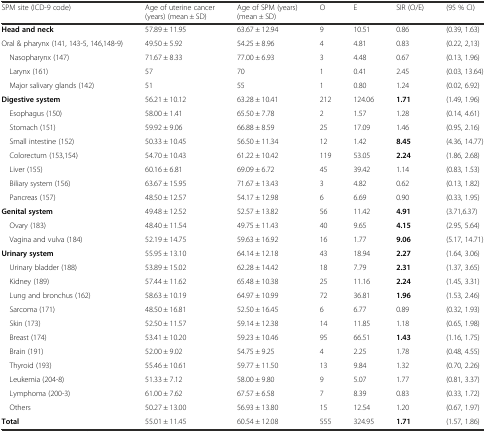
<table><thead><tr><td><b>SPM site (ICD-9 code)</b></td><td><b>Age of uterine cancer (years) (mean ± SD)</b></td><td><b>Age of SPM (years) (mean ± SD)</b></td><td><b>O</b></td><td><b>E</b></td><td><b>SIR (O/E)</b></td><td><b>(95 % CI)</b></td></tr></thead><tbody><tr><td><b>Head and neck</b></td><td>57.89 ± 11.95</td><td>63.67 ± 12.94</td><td>9</td><td>10.51</td><td>0.86</td><td>(0.39, 1.63)</td></tr><tr><td>Oral &amp; pharynx (141, 143-5, 146,148-9)</td><td>49.50 ± 5.92</td><td>54.25 ± 8.96</td><td>4</td><td>4.81</td><td>0.83</td><td>(0.22, 2,13)</td></tr><tr><td> Nasopharynx (147)</td><td>71.67 ± 8.33</td><td>77.00 ± 6.93</td><td>3</td><td>4.48</td><td>0.67</td><td>(0.13, 1.96)</td></tr><tr><td> Larynx (161)</td><td>57</td><td>70</td><td>1</td><td>0.41</td><td>2.45</td><td>(0.03, 13.64)</td></tr><tr><td> Major salivary glands (142)</td><td>51</td><td>55</td><td>1</td><td>0.80</td><td>1.24</td><td>(0.02, 6.92)</td></tr><tr><td><b>Digestive system</b></td><td>56.21 ± 10.12</td><td>63.28 ± 10.41</td><td>212</td><td>124.06</td><td><b>1.71</b></td><td>(1.49, 1.96)</td></tr><tr><td> Esophagus (150)</td><td>58.00 ± 1.41</td><td>65.50 ± 7.78</td><td>2</td><td>1.57</td><td>1.28</td><td>(0.14, 4.61)</td></tr><tr><td> Stomach (151)</td><td>59.92 ± 9.06</td><td>66.88 ± 8.59</td><td>25</td><td>17.09</td><td>1.46</td><td>(0.95, 2.16)</td></tr><tr><td> Small intestine (152)</td><td>50.33 ± 10.45</td><td>56.50 ± 11.34</td><td>12</td><td>1.42</td><td><b>8.45</b></td><td>(4.36, 14.77)</td></tr><tr><td> Colorectum (153,154)</td><td>54.70 ± 10.43</td><td>61.22 ± 10.42</td><td>119</td><td>53.05</td><td><b>2.24</b></td><td>(1.86, 2.68)</td></tr><tr><td> Liver (155)</td><td>60.16 ± 6.81</td><td>69.09 ± 6.72</td><td>45</td><td>39.42</td><td>1.14</td><td>(0.83, 1.53)</td></tr><tr><td> Biliary system (156)</td><td>63.67 ± 15.95</td><td>71.67 ± 13.43</td><td>3</td><td>4.82</td><td>0.62</td><td>(0.13, 1.82)</td></tr><tr><td> Pancreas (157)</td><td>48.50 ± 12.57</td><td>54.17 ± 12.98</td><td>6</td><td>6.69</td><td>0.90</td><td>(0.33, 1.95)</td></tr><tr><td><b>Genital system</b></td><td>49.48 ± 12.52</td><td>52.57 ± 13.82</td><td>56</td><td>11.42</td><td><b>4.91</b></td><td>(3.71,6.37)</td></tr><tr><td> Ovary (183)</td><td>48.40 ± 11.54</td><td>49.75 ± 11.43</td><td>40</td><td>9.65</td><td><b>4.15</b></td><td>(2.95, 5.64)</td></tr><tr><td> Vagina and vulva (184)</td><td>52.19 ± 14.75</td><td>59.63 ± 16.92</td><td>16</td><td>1.77</td><td><b>9.06</b></td><td>(5.17, 14.71)</td></tr><tr><td><b>Urinary system</b></td><td>55.95 ± 13.10</td><td>64.14 ± 12.18</td><td>43</td><td>18.94</td><td><b>2.27</b></td><td>(1.64, 3.06)</td></tr><tr><td> Urinary bladder (188)</td><td>53.89 ± 15.02</td><td>62.28 ± 14.42</td><td>18</td><td>7.79</td><td><b>2.31</b></td><td>(1.37, 3.65)</td></tr><tr><td> Kidney (189)</td><td>57.44 ± 11.62</td><td>65.48 ± 10.38</td><td>25</td><td>11.16</td><td><b>2.24</b></td><td>(1.45, 3.31)</td></tr><tr><td> Lung and bronchus (162)</td><td>58.63 ± 10.19</td><td>64.97 ± 10.99</td><td>72</td><td>36.81</td><td><b>1.96</b></td><td>(1.53, 2.46)</td></tr><tr><td> Sarcoma (171)</td><td>48.50 ± 16.81</td><td>52.50 ± 16.45</td><td>6</td><td>6.77</td><td>0.89</td><td>(0.32, 1.93)</td></tr><tr><td> Skin (173)</td><td>52.50 ± 11.57</td><td>59.14 ± 12.38</td><td>14</td><td>11.85</td><td>1.18</td><td>(0.65, 1.98)</td></tr><tr><td> Breast (174)</td><td>53.41 ± 10.20</td><td>59.23 ± 10.46</td><td>95</td><td>66.51</td><td><b>1.43</b></td><td>(1.16, 1.75)</td></tr><tr><td> Brain (191)</td><td>52.00 ± 9.02</td><td>54.75 ± 9.25</td><td>4</td><td>2.25</td><td>1.78</td><td>(0.48, 4.55)</td></tr><tr><td> Thyroid (193)</td><td>55.46 ± 10.61</td><td>59.77 ± 11.50</td><td>13</td><td>9.84</td><td>1.32</td><td>(0.70, 2.26)</td></tr><tr><td> Leukemia (204-8)</td><td>51.33 ± 7.12</td><td>58.00 ± 9.80</td><td>9</td><td>5.07</td><td>1.77</td><td>(0.81, 3.37)</td></tr><tr><td> Lymphoma (200-3)</td><td>61.00 ± 7.62</td><td>67.57 ± 6.58</td><td>7</td><td>8.39</td><td>0.83</td><td>(0.33, 1.72)</td></tr><tr><td> Others</td><td>50.27 ± 13.00</td><td>56.93 ± 13.80</td><td>15</td><td>12.54</td><td>1.20</td><td>(0.67, 1.97)</td></tr><tr><td><b>Total</b></td><td>55.01 ± 11.45</td><td>60.54 ± 12.08</td><td>555</td><td>324.95</td><td><b>1.71</b></td><td>(1.57, 1.86)</td></tr></tbody></table>